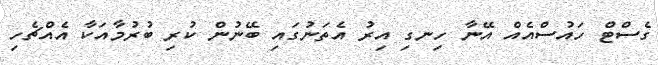
ގެސްޓް ހައުސްއެއް އޭނާ ހިނގި އިރު އެތަނުގައި ބޭނުން ކުރި ބުރުމާއަކާ އެއްޗެހި